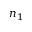
n _ { 1 }